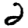
Digit: 2